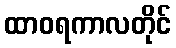
ထာဝရကာလတိုင်